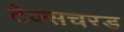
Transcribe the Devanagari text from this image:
टेक्सचरड